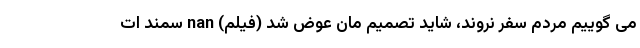
می گوییم مردم سفر نروند، شاید تصمیم مان عوض شد (فیلم) nan سمند ات